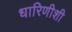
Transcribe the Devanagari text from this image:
धारिणीशी